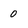
Character: 0